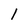
Character: 1